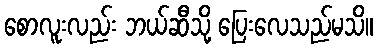
စောလူးလည်း ဘယ်ဆီသို့ ပြေးလေသည်မသိ။